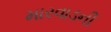
મારવાડની